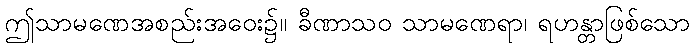
ဤသာမဏေအစည်းအဝေး၌။ ခီဏာသဝ သာမဏေရာ၊ ရဟန္တာဖြစ်သော